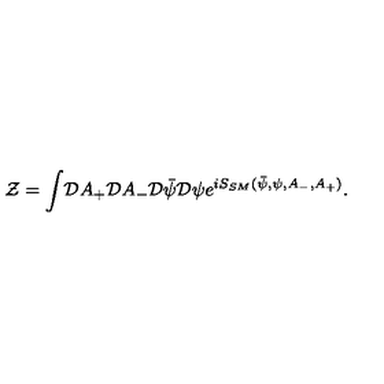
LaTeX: { \cal Z } = { \displaystyle \int } { \cal D } A _ { + } { \cal D } A _ { - } { \cal D } { \bar { \psi } } { \cal D } \psi { \displaystyle e } ^ { i S _ { S M } ( { \bar { \psi } } , \psi , A _ { - } , A _ { + } ) } .